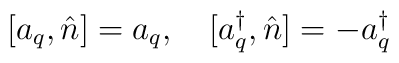
[a_{q},\hat{n}]=a_{q},~~~[a_{q}^{\dag},\hat{n}]=-a_{q}^{\dag}